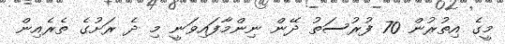
މީގެ އިތުރުން 70 ފުރުސަތު ދޭން ނިންމާފައިވަނީ މި ދެ ރަށުގެ ތެރެއިން